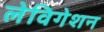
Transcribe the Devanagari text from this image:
लेविगेशन